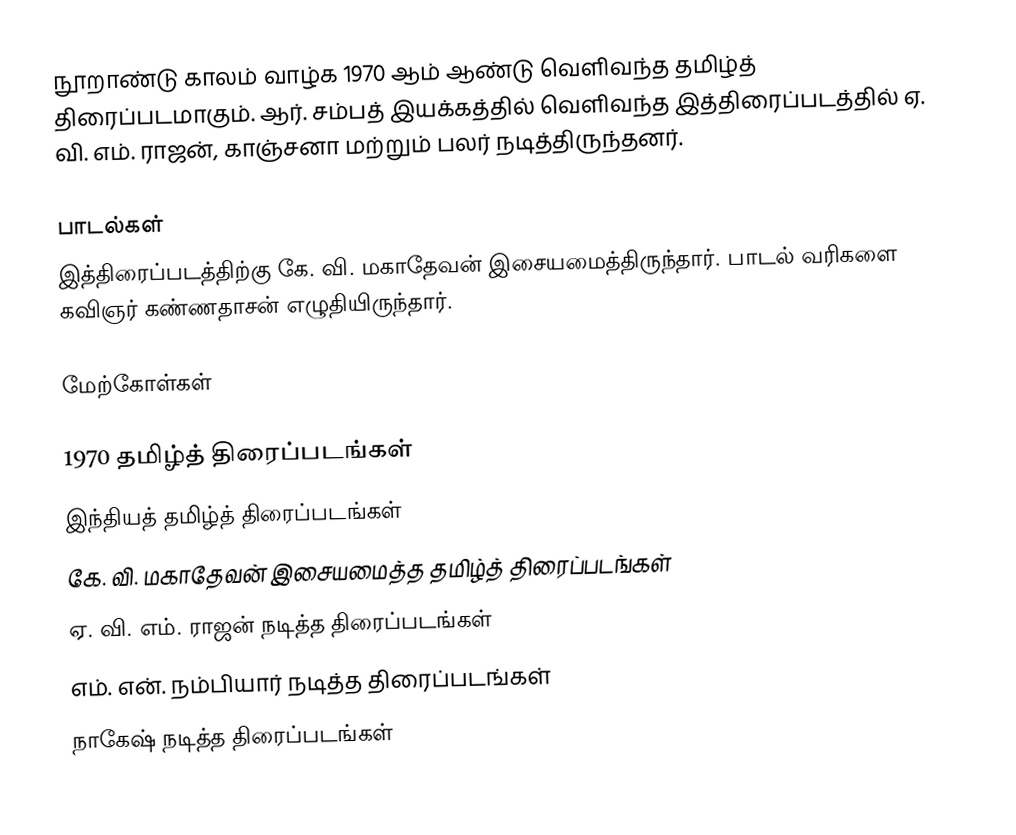
நூறாண்டு காலம் வாழ்க 1970 ஆம் ஆண்டு வெளிவந்த தமிழ்த் திரைப்படமாகும். ஆர். சம்பத் இயக்கத்தில் வெளிவந்த இத்திரைப்படத்தில் ஏ. வி. எம். ராஜன், காஞ்சனா மற்றும் பலர் நடித்திருந்தனர்.

பாடல்கள்
இத்திரைப்படத்திற்கு கே. வி. மகாதேவன் இசையமைத்திருந்தார். பாடல் வரிகளை கவிஞர் கண்ணதாசன் எழுதியிருந்தார்.

மேற்கோள்கள்

1970 தமிழ்த் திரைப்படங்கள்
இந்தியத் தமிழ்த் திரைப்படங்கள்
கே. வி. மகாதேவன் இசையமைத்த தமிழ்த் திரைப்படங்கள்
ஏ. வி. எம். ராஜன் நடித்த திரைப்படங்கள்
எம். என். நம்பியார் நடித்த திரைப்படங்கள்
நாகேஷ் நடித்த திரைப்படங்கள்